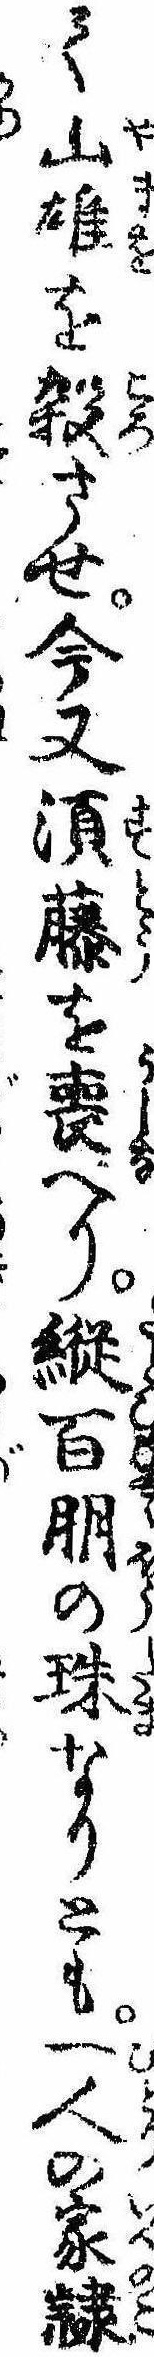
て山雄を殺させ今又須藤を喪へり縦百朋の珠なりとも一人の家隷